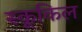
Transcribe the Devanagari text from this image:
स्कूकिल